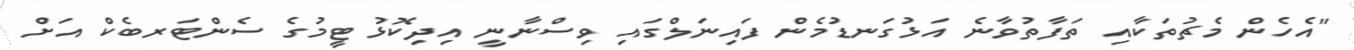
"އެހެން މެޗުތަކާއި ތަފާތުވާނެ އަޅުގަނޑުމެން ފައިނަލްގައި ވިސްނާނީ އިދިކޮޅު ޓީމުގެ ސެންޓަރބެކް އަށް